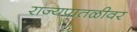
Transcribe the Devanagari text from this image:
राज्यपातळीवर